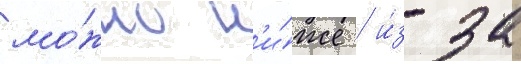
мо́жно н'и́же / и́з-за